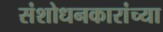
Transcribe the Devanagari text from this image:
संशोधनकारांच्या